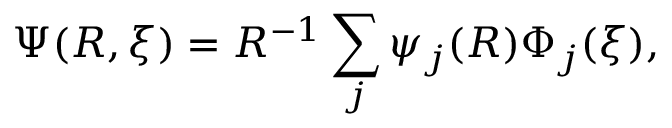
\Psi ( R , \xi ) = R ^ { - 1 } \sum _ { j } \psi _ { j } ( R ) \Phi _ { j } ( \xi ) ,